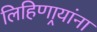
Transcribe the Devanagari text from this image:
लिहिणार्‍यांना